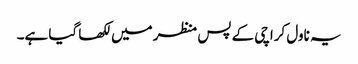
یہ ناول کراچی کے پس منظر میں لکھا گیا ہے۔